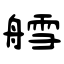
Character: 艝